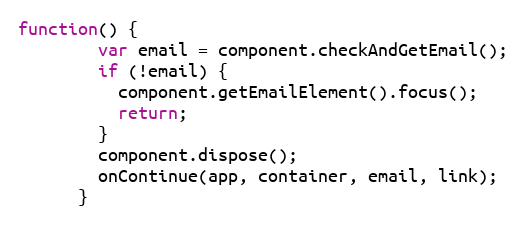
Language: JavaScript
function() {
        var email = component.checkAndGetEmail();
        if (!email) {
          component.getEmailElement().focus();
          return;
        }
        component.dispose();
        onContinue(app, container, email, link);
      }